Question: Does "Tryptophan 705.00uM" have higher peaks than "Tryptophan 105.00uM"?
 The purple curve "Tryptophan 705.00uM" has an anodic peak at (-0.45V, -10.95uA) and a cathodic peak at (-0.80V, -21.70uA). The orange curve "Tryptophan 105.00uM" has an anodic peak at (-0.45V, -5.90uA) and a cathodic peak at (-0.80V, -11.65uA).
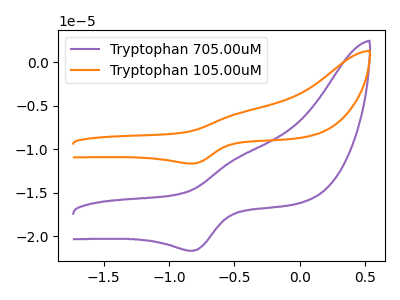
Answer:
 <answer>The peaks in "Tryptophan 705.00uM" are neither all higher or all lower than the peaks in "Tryptophan 105.00uM".</answer>
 <eval>mixed</eval>